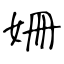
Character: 姍